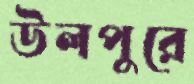
উলপুরে